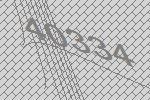
40334